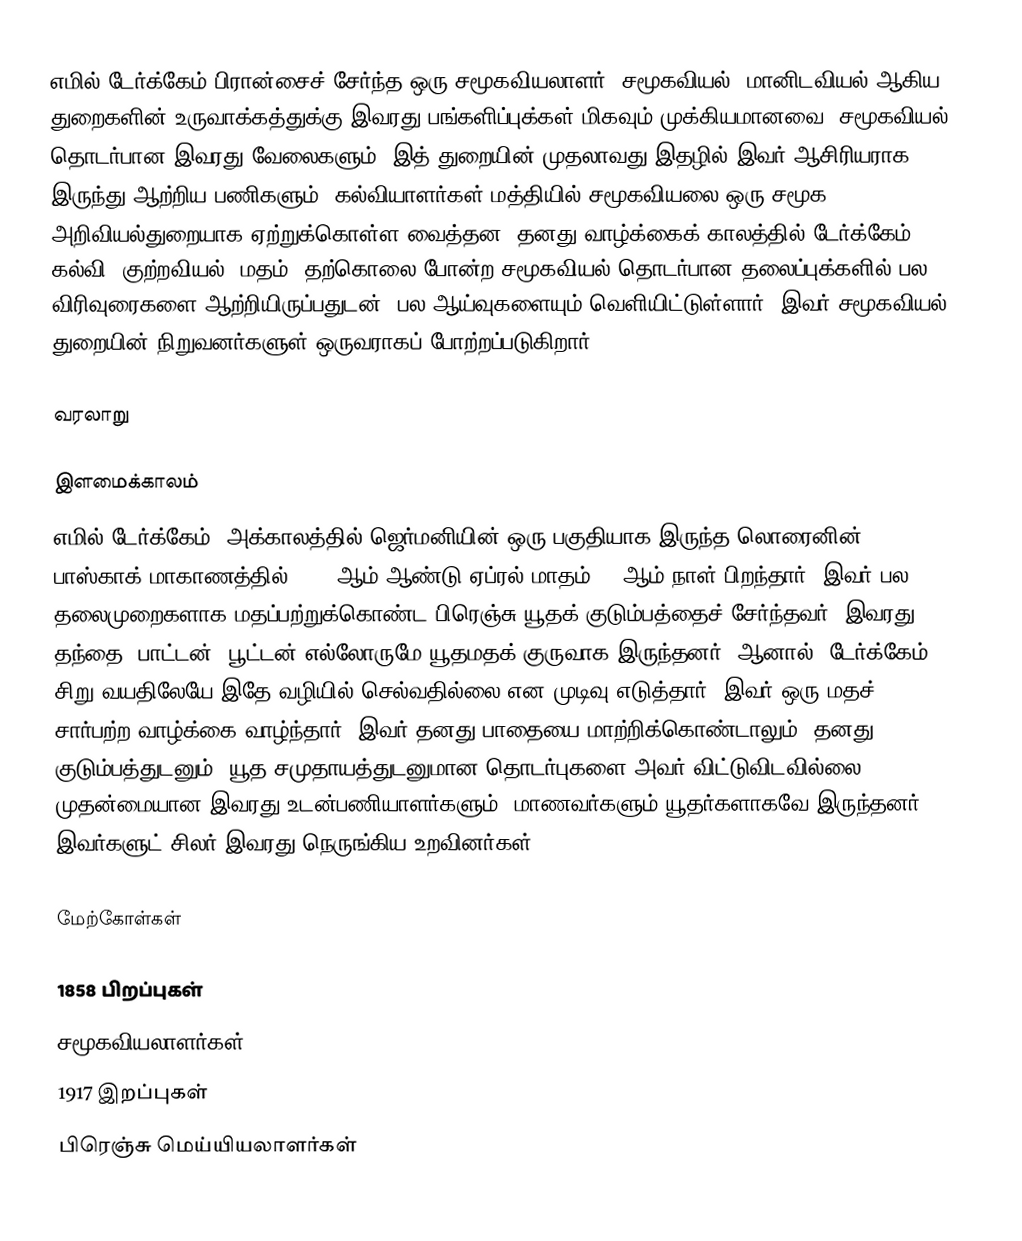
எமில் டேர்க்கேம் பிரான்சைச் சேர்ந்த ஒரு சமூகவியலாளர். சமூகவியல், மானிடவியல் ஆகிய துறைகளின் உருவாக்கத்துக்கு இவரது பங்களிப்புக்கள் மிகவும் முக்கியமானவை. சமூகவியல் தொடர்பான இவரது வேலைகளும், இத் துறையின் முதலாவது இதழில் இவர் ஆசிரியராக இருந்து ஆற்றிய பணிகளும், கல்வியாளர்கள் மத்தியில் சமூகவியலை ஒரு சமூக அறிவியல்துறையாக ஏற்றுக்கொள்ள வைத்தன. தனது வாழ்க்கைக் காலத்தில் டேர்க்கேம், கல்வி, குற்றவியல், மதம், தற்கொலை போன்ற சமூகவியல் தொடர்பான தலைப்புக்களில் பல விரிவுரைகளை ஆற்றியிருப்பதுடன், பல ஆய்வுகளையும் வெளியிட்டுள்ளார். இவர் சமூகவியல் துறையின் நிறுவனர்களுள் ஒருவராகப் போற்றப்படுகிறார்.

வரலாறு

இளமைக்காலம்
எமில் டேர்க்கேம், அக்காலத்தில் ஜெர்மனியின் ஒரு பகுதியாக இருந்த லொரைனின், பாஸ்காக் மாகாணத்தில் 1858 ஆம் ஆண்டு ஏப்ரல் மாதம் 15 ஆம் நாள் பிறந்தார். இவர் பல தலைமுறைகளாக மதப்பற்றுக்கொண்ட பிரெஞ்சு யூதக் குடும்பத்தைச் சேர்ந்தவர். இவரது, தந்தை, பாட்டன், பூட்டன் எல்லோருமே யூதமதக் குருவாக இருந்தனர். ஆனால், டேர்க்கேம் சிறு வயதிலேயே இதே வழியில் செல்வதில்லை என முடிவு எடுத்தார். இவர் ஒரு மதச் சார்பற்ற வாழ்க்கை வாழ்ந்தார். இவர் தனது பாதையை மாற்றிக்கொண்டாலும், தனது குடும்பத்துடனும், யூத சமுதாயத்துடனுமான தொடர்புகளை அவர் விட்டுவிடவில்லை. முதன்மையான இவரது உடன்பணியாளர்களும், மாணவர்களும் யூதர்களாகவே இருந்தனர். இவர்களுட் சிலர் இவரது நெருங்கிய உறவினர்கள்.

மேற்கோள்கள்

1858 பிறப்புகள்
சமூகவியலாளர்கள்
1917 இறப்புகள்
பிரெஞ்சு மெய்யியலாளர்கள்